Vabadussoja_Ajaloo_Komitee, lk 8
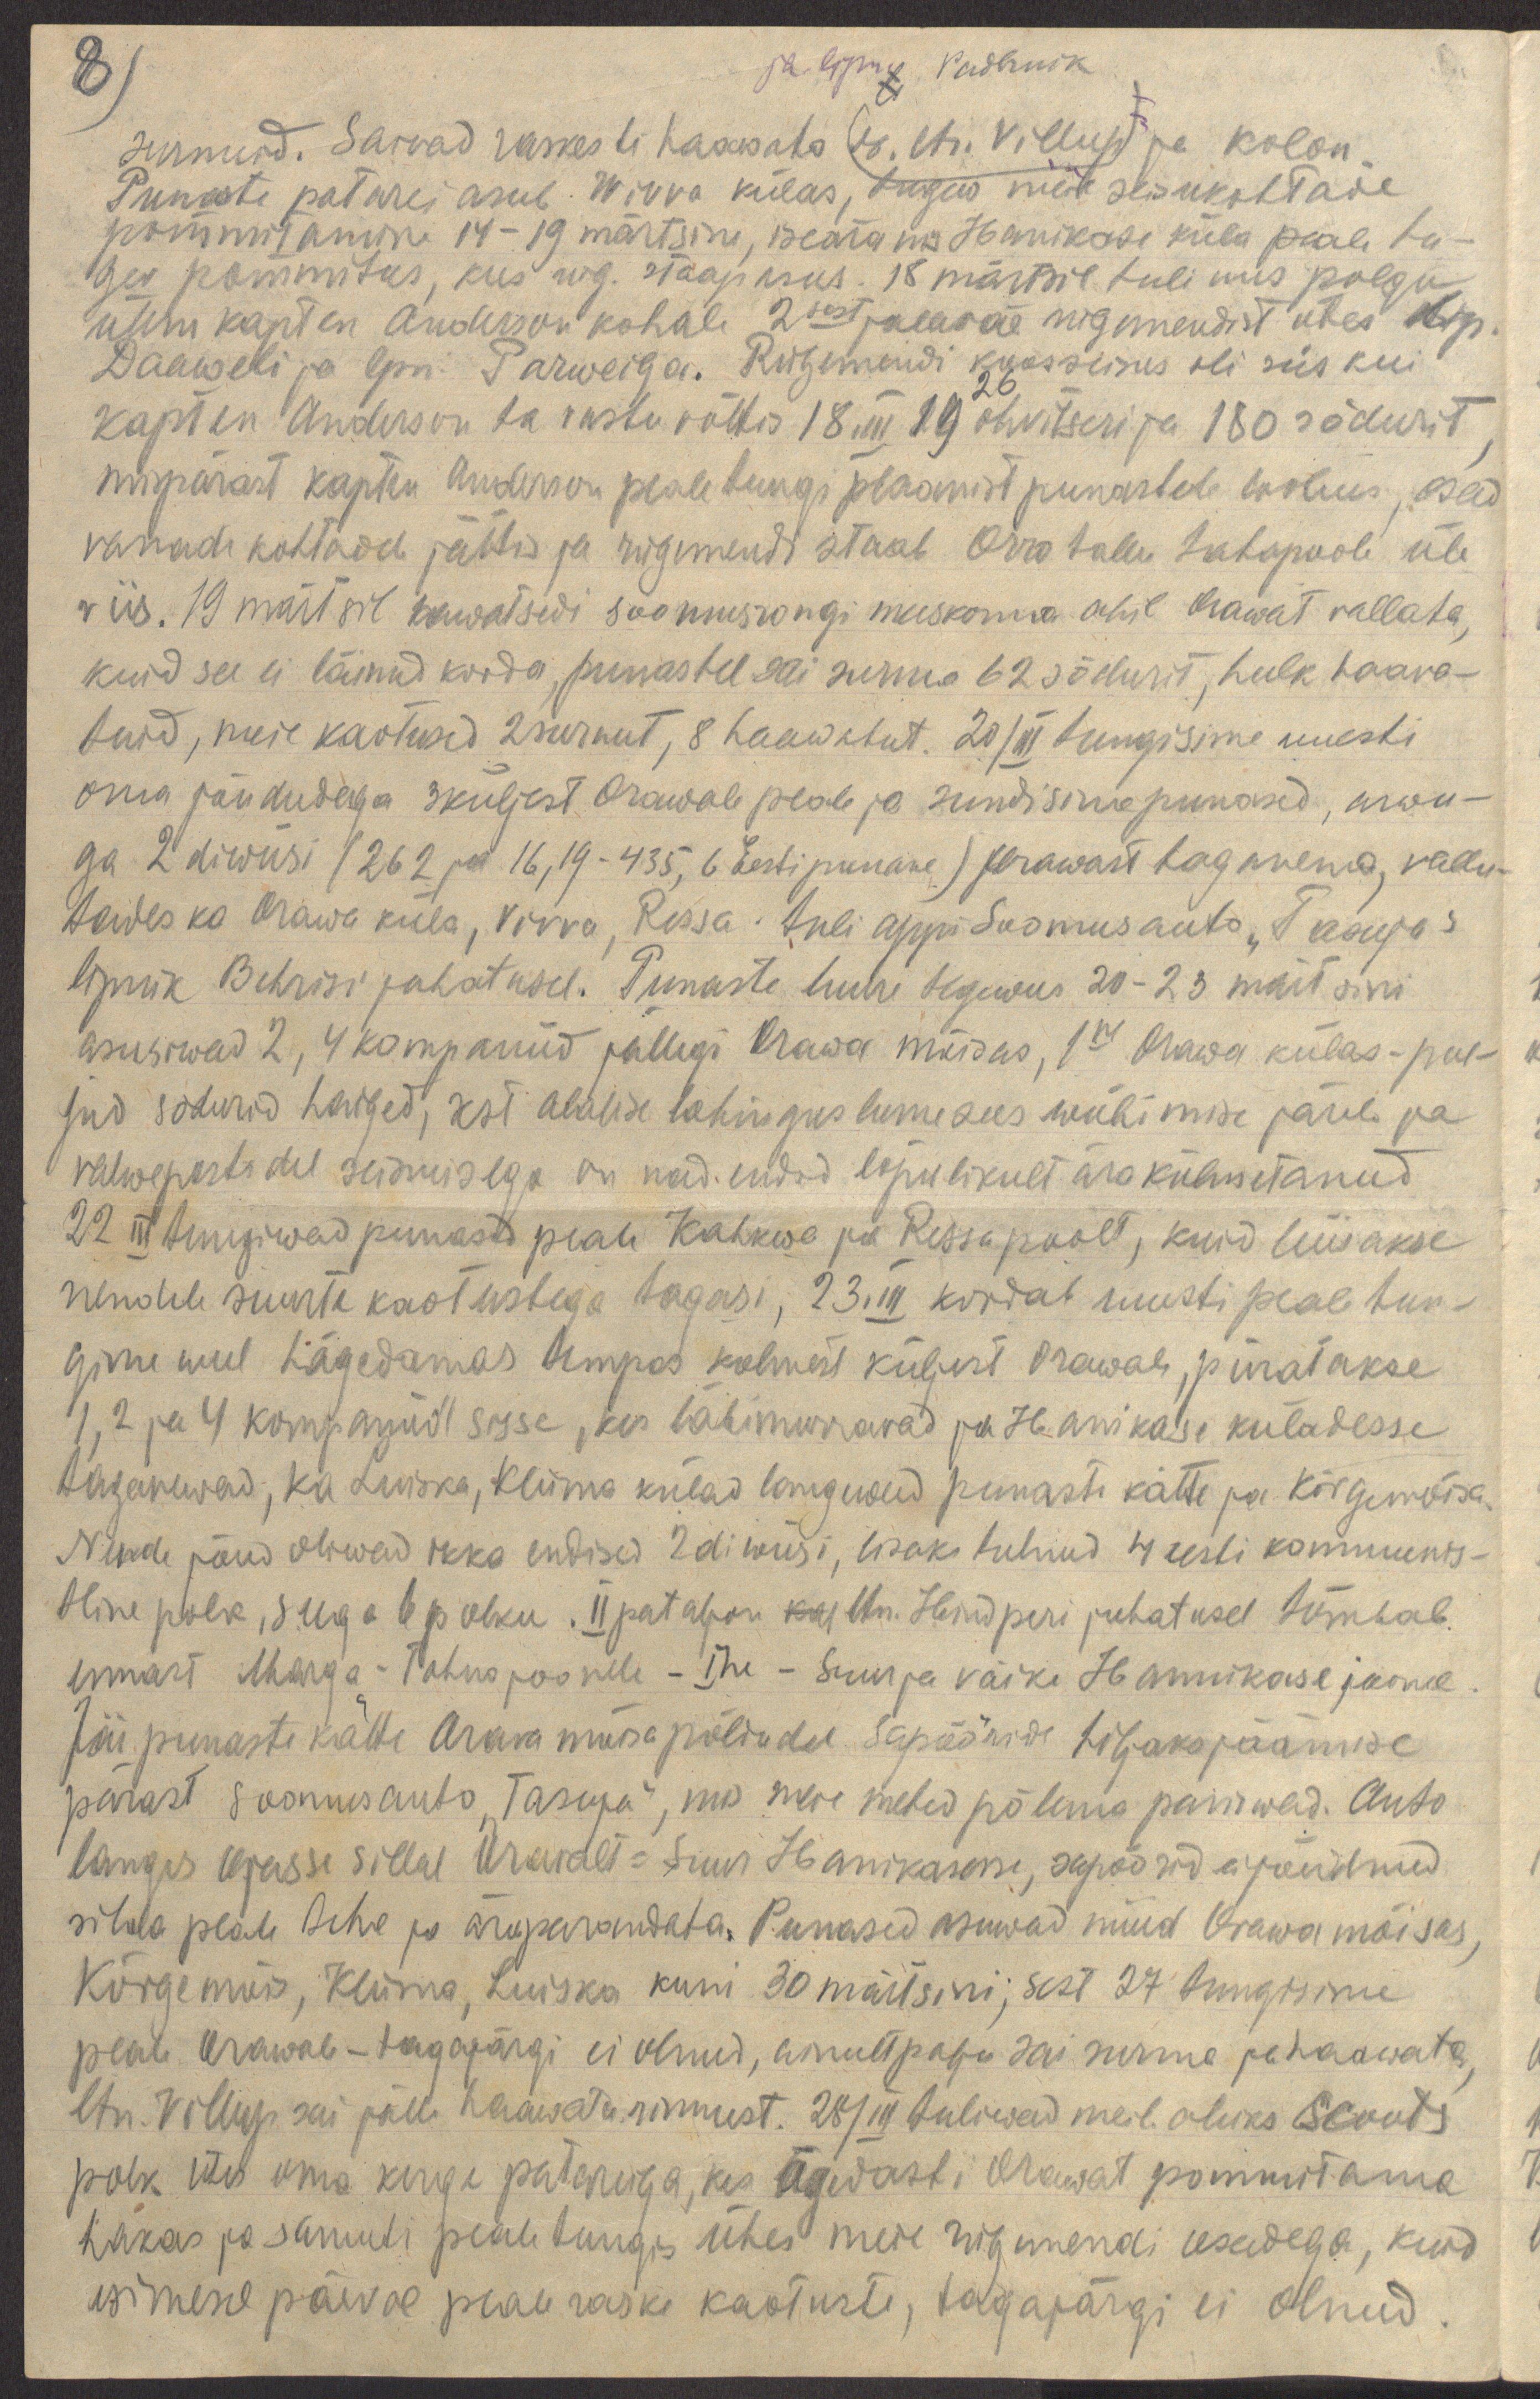
8)
ja lipnik Padernik
surnuid. Saivad raskesti haawata (tb. ltn. Villup) ja kolon.
Punaste patarei asub Wivva külas, tugew meie seisukohtade
pommitamine 14-19 märtsini, iseäranis Hanikase küla peale tu-
gev pommitus, kus rüg. staap asus. 18 märtsil tuli uus polgu-
ülem kapten Anderson kohale 2sest jalaväe rügemendist ühes lip.
Daaweli ja lpn. Parweiga. Rügemendi koosseisus oli siis kui
26
kapten Anderson ta vastu võttis 18. III 19 ohvitseri ja 180 sõdurit,
mispärast kapten Anderson pealetungi plaanist punastele loobus, osad
vanade kohtadele jättis ja rügemendi staab Orro tallu tahapoole üle
viis. 19 märtsil kawatsedi soomusrongi meeskonna abil Orawat vallata,
kuid see ei läinud korda, punastel sai surma 62 sõdurit, hulk haava-
tuid, meie kaotused 2 surnut, 8 haawatut. 20/III tungisime uuesti
oma jõududega 3 küljest Orawale peale ja sundisime punased, arwu-
ga 2 diwiisi ( 262 ja 16,19-435, 6 Eesti punane) Orawast taganema, vallu-
tades ka Orawa küla, Vivva, Rissa. tuli appi Soomusauto "Tasuja"
lipnik Behrisi juhatusel. Punaste luure tegewus 20-23 märtsini
asusiwad 2, 4 kompaniid jällegi Orawa mõisas, 1ne Orawa külas - pal-
jud sõdurid haiged, sest alasise lahingus lume sees wiibimise järel ja
valwepostidel seismisega on nad endid lõpulikult ära külmetanud.
22 III tungiwad punased peale Kahkwa ja Rissa poolt, kuid lüüakse
nendele suurte kaotustega tagasi, 23.III kordab uuesti peale tun-
ginu weel hägedamas tempos kolmest küljest Orawale, piiratakse
1,2 ja 4 kompaniid sisse, kes läbimurravad ja Hanikase küladesse
taganewad, ka Luiska, Kliima külad langewad punaste kätte ja Kõrgemõisa.
Nende jõud oliwad ikka endised 2 diwiisi, lisaks tulnud 4 eesti kommunis-
tline polk, seega 6 polku. II pataljon kaj ltn. Hindperi juhatusel tõmbab
ennast Marga - Tahno joonele - Ine Suur ja väike Hannikase joonel.
Jäi punaste kätte Orava mõisa põldudel sapööride hiljaks jäämise
pärast soomusauto "Tasuja", mis meie mehed põlema paniwad. Auto
langes ojasse sillal Oravalt - Suur Hanikasesse, sapöörid ei jõudnud
silda peale teha ja äraparandata. Punased asuwad nüüd Orawa mõisas,
Kõrgemõis, Kliima, Luiska kuni 30 märtsini; sest 27 tungisime
peale Orawale - tagajärgi ei olnud, ainult palju sai surma ja haawata,
ltn. Villup sai jälle haawata rinnust. 28/III ja tuliwad meile abiks Scouts
polk ühes oma kerge patareiga, kes ägadasti Orawat pommitama
hakas ja samuti peale tungis ühes meie rügemendi osadega, kuid
esimesel päeval peale raske kaotuste, tagajärgi ei olnud.